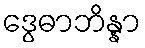
ဒွေဓာဘိန္နာ